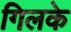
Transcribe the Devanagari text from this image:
गिलके